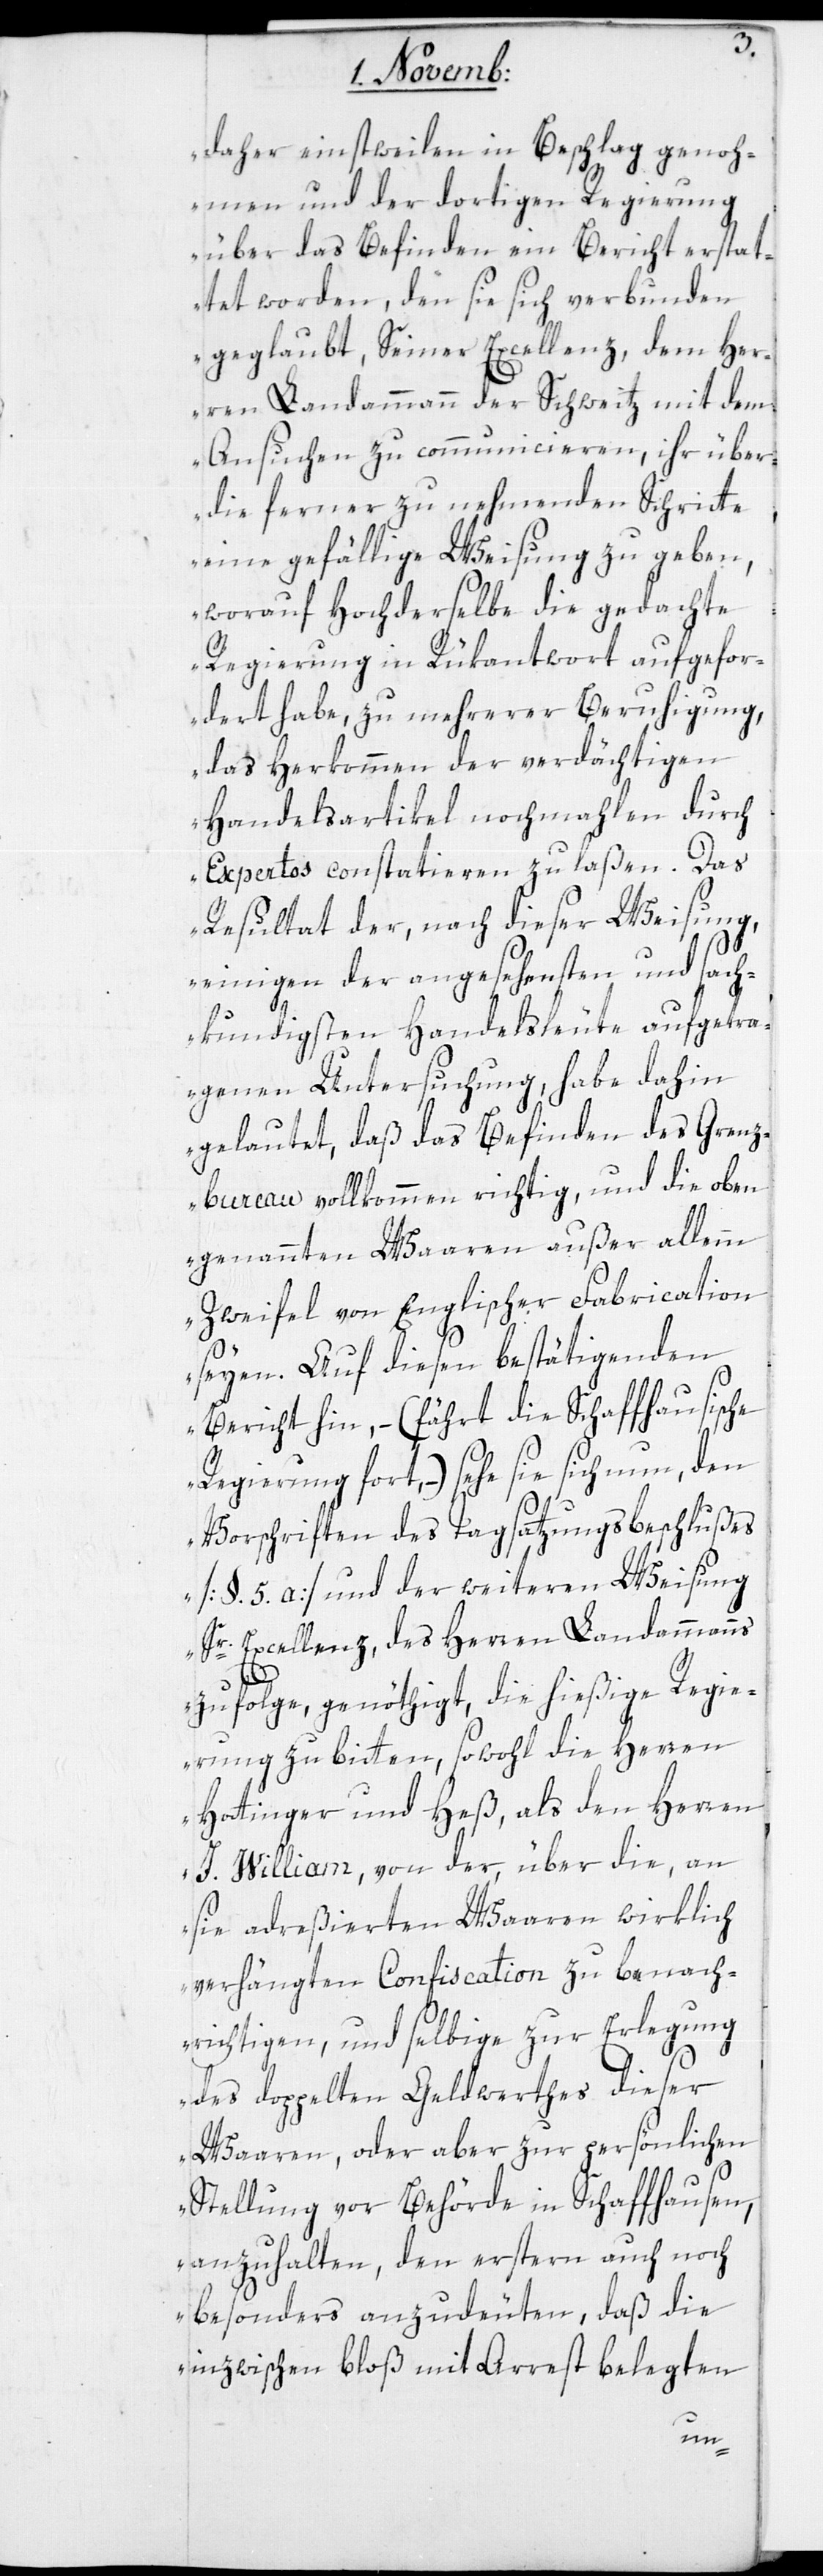
daher einstweilen in Beschlag genoh¬
men und der dortigen Regierung
über das Befinden ein Bericht erstat¬
tet worden, den sie sich verbunden
geglaubt, Seiner Excellenz, dem Her¬
ren Landammann der Schweitz mit dem
Ansuchen zu communicieren, ihr über
die ferner zu nehmenden Schritte
eine gefällige Weisung zu geben,
worauf Hochderselbe die gedachte
Regierung in Rükantwort aufgefor¬
dert habe, zu mehrerer Beruhigung,
das Herkommen der verdächtigen
Handelsartikel nochmahlen durch
Expertos constatieren zu laßen. Das
Resultat der, nach dieser Weisung
einigen der angesehensten und sach¬
kundigsten Handelsleute aufgetra¬
genen Untersuchung, habe dahin
gelautet, daß das Befinden des Grenz¬
bureau vollkommen richtig, und die oben
genannten Waaren außer allem
Zweifel von Englischer Fabrication
seyen. Auf diesen bestätigenden
Bericht hin, – (fährt die Schaffhausische
Regierung fort) – sehe sie sich nun, den
Vorschriften des Tagsatzungsbeschlußes
[§. 5. a] und der weiteren Weisung
Sr. Excellenz des Herren Landammanns
zufolge, genöthigt, die hiesige Regie¬
rung zu bitten, sowohl die Herren
Hottinger und Heß, als den Herren
J. William, von der über die an
sie adreßierten Waaren wirklich
verhängten Confiscation zu benach¬
richtigen, und selbige zur Erlegung
des doppelten Geldwerthes dieser
Waaren, oder aber zur persönlichen
Stellung vor Behörde in Schaffhausen,
anzuhalten, den erstern auch noch
besonders anzudeuten, daß die
inzwischen bloß mit Arrest belegten